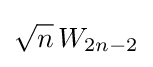
{\sqrt {n}}\,W_{2n-2}